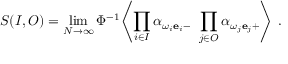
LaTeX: S ( I , O ) = \operatorname * { l i m } _ { N \to \infty } \Phi ^ { - 1 } \Biggl \langle \prod _ { i \in I } \alpha _ { { \omega _ { i } { \bf e } _ { i } } - } \ \prod _ { j \in O } \alpha _ { { \omega _ { j } { \bf e } _ { j } } + } \Biggr \rangle \ .